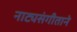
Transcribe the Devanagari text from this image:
नाट्यसंगीताने